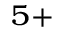
^ { 5 + }